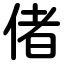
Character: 偖